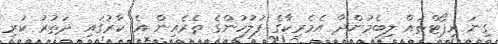
ގިނަ ރިޕޯޓްތައް ލިބެމުންދާ އެމެރިކާގެ ފުލުހުންގެ ތެރެއިން އެ ކާރުގައި ދަތުރު ކުރި